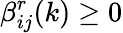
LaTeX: \beta_{ij}^{r}(k)\geq 0